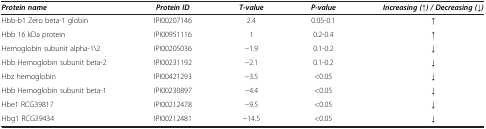
| Protein name | Protein ID | T-value | P-value | Increasing (↑) / Decreasing (↓) |
 | --- | --- | --- | --- | --- |
 | Hbb-b1 Zero beta-1 globin | IPI00207146 | 2.4 | 0.05-0.1 | ↑ |
 | Hbb 16 kDa protein | IPI00951116 | 1 | 0.2-0.4 | ↑ |
 | Hemoglobin subunit alpha-1\2 | IPI00205036 | −1.9 | 0.1-0.2 | ↓ |
 | Hbb Hemoglobin subunit beta-2 | IPI00231192 | −2.1 | 0.1-0.2 | ↓ |
 | Hbz hemoglobin | IPI00421293 | −3.5 | <0.05 | ↓ |
 | Hbb Hemoglobin subunit beta-1 | IPI00230897 | −4.4 | <0.05 | ↓ |
 | Hbe1 RCG39817 | IPI00212478 | −9.5 | <0.05 | ↓ |
 | Hbg1 RCG39434 | IPI00212481 | −14.5 | <0.05 | ↓ |